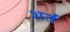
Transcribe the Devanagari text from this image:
शर्तं